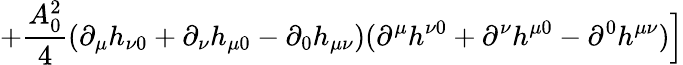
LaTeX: +{\frac{A_{0}^{2}}{4}}(\partial_{\mu}h_{\nu 0}+\partial_{\nu}h_{\mu 0}-\partial_{0}h_{\mu\nu})(\partial^{\mu}h^{\nu 0}+\partial^{\nu}h^{\mu 0}-\partial^{0}h^{\mu\nu})\Bigr]